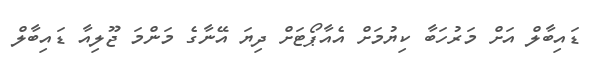
ޑައިބާލް އަށް މަރުހަބާ ކިޔުމަށް އެއާޕޯޓަށް ދިޔަ އޭނާގެ މަންމަ ޖޫލިއާ ޑައިބާލް